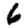
Digit: 6